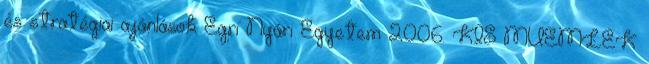
és stratégiai ajánlások Egri Nyári Egyetem 2006. KIS MŰEMLÉK